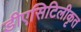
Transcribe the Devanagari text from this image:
डीएसिटिलीकृत